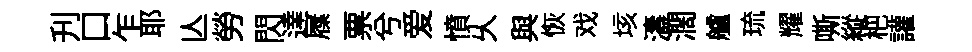
刋口乍耶亾勞閃達屧票兮爱憤乆與恢戏垓濤濶艫琉耀嘶縱杷讙